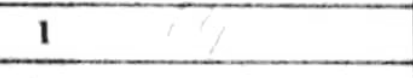
Transcription: d4